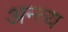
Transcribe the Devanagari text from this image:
अन्‍त्‍य